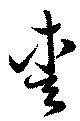
愛